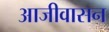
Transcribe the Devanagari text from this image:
आजीवासन